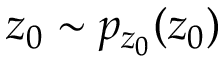
z _ { 0 } \sim p _ { z _ { 0 } } ( z _ { 0 } )